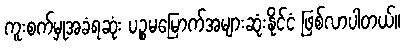
ကူးစက်မှုအခံရဆုံး ပဉ္စမမြောက်အများဆုံးနိုင်ငံ ဖြစ်လာပါတယ်။